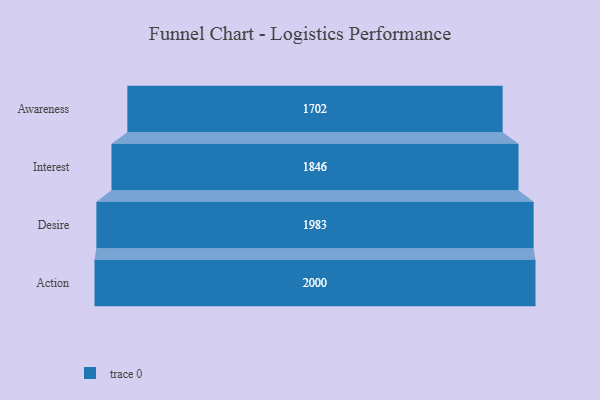
{"axis": {"x": "Stage", "y": "Value"}, "legend": [""], "data": [{"x": "Awareness", "y": 1702.0, "type": ""}, {"x": "Interest", "y": 1846.0, "type": ""}, {"x": "Desire", "y": 1983.0, "type": ""}, {"x": "Action", "y": 2000, "type": ""}]}